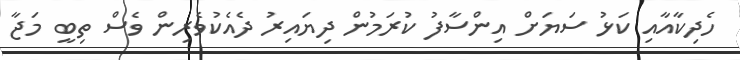
ހެދިކާއާއި ކަޅު ސަޔަށް އިންސާފު ކުރަމުން ދިޔައިރު ދެއެކުވެރިން ވެސް ތިބީ މަޖާ